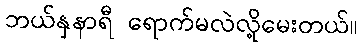
ဘယ်နှနာရီ ရောက်မလဲလို့မေးတယ်။